Annual administration report of the Civil Veterinary Department of India - 1895-1896
Year: 1895
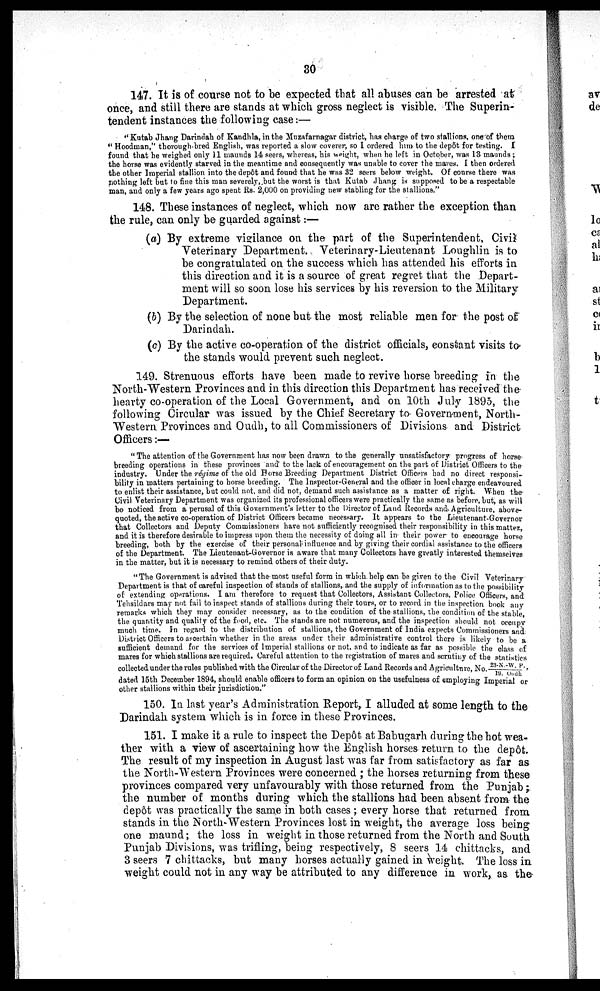
30
147. It is of course not to be expected that all abuses can be arrested at
once, and still there are stands at which gross neglect is visible. The Superin-
tendent instances the following case:—
"Kutab Jhang Darindah of Kandhla, in the Muzafarnagar district, has charge of two stallions, one of them
"Hoodman," thorough-bred English, was reported a slow coverer, so I ordered him to the depôt for testing. I
found that he weighed only 11 maunds 14 seers, whereas, his weight, when he left in October, was 13 maunds;
the horse was evidently starved in the meantime and consequently was unable to cover the mares. I then ordered
the other Imperial stallion into the depôt and found that he was 32 seers below weight. Of course there was
nothing left but to fine this man severely, but the worst is that Kutab Jhang is supposed to be a respectable
man, and only a few years ago spent Rs. 2,000 on providing new stabling for the stallions."
148. These instances of neglect, which now are rather the exception than
the rule, can only be guarded against:—
(a) By extreme vigilance on the part of the Superintendent, Civil
Veterinary Department. Veterinary-Lieutenant Loughlin is to
be congratulated on the success which has attended his efforts in
this direction and it is a source of great regret that the Depart-
ment will so soon lose his services by his reversion to the Military
Department.
(b) By the selection of none but the most reliable men for the post of
Darindah.
(c) By the active co-operation of the district officials, constant visits to
the stands would prevent such neglect.
149. Strenuous efforts have been made to revive horse breeding in the
North-Western Provinces and in this direction this Department has received the
hearty co-operation of the Local Government, and on 10th July 1895, the
following Circular was issued by the Chief Secretary to Government, North-
Western Provinces and Oudh, to all Commissioners of Divisions and District
Officers:—
"The attention of the Government has now been drawn to the generally unsatisfactory progress of horse
breeding operations in these provinces and to the lack of encouragement on the part of District Officers to the
industry. Under the régime of the old Horse Breeding Department District Officers had no direct responsi-
bility in matters pertaining to horse breeding. The Inspector-General and the officer in local charge endeavoured
to enlist their assistance, but could not, and did not, demand such assistance as a matter of right. When the
Civil Veterinary Department was organized its professional officers were practically the same as before, but, as will
be noticed from a perusal of this Government's letter to the Director of Land Records and. Agriculture, above-
quoted, the active co-operation of District Officers became necessary. It appears to the Lieutenant-Governor
that Collectors and Deputy Commissioners have not sufficiently recognised their responsibility in this matter,
and it is therefore desirable to impress upon them the necessity of doing all in their power to encourage horse
breeding, both by the exercise of their personal influence and by giving their cordial assistance to the officers
of the Department. The Lieutenaut-Governor is aware that many Collectors have greatly interested themselves
in the matter, but it is necessary to remind others of their duty.
"The Government is advised that the most useful form in which help can be given to the Civil Veterinary
Department is that of careful inspection of stands of stallions, and the supply of information as to the possibility
of extending operations. I am therefore to request that Collectors, Assistant Collectors, Police Officers, and
Tehsildars may not fail to inspect stands of stallions during their tours, or to record in the inspection book any
remarks which they may consider necessary, as to the condition of the stallions, the condition of the stable,
the quantity and quality of the food, etc. The stands are not numerous, and the inspection should not occupy
much time. In regard to the distribution of stallions, the Government of India expects Commissioners and
District Officers to ascertain whether in the areas under their administrative control there is likely to be a
sufficient demand for the services of Imperial stallions or not, and to indicate as far as possible the class of
mares for which stallions are required. Careful attention to the registration of mares and scrutiny of the statistics
collected under the rules published with the Circular of the Director of Land Records and Agriculture, No.23-N-W. P.,/19. Oudh
dated 15th December 1894, should enable officers to form an opinion on the usefulness of employing Imperial or
other stallions within their jurisdiction."
150. In last year's Administration Report, I alluded at some length to the
Darindah system which is in force in these Provinces.
151. I make it a rule to inspect the Depôt at Babugarh during the hot wea-
ther with a view of ascertaining how the English horses return to the depôt.
The result of my inspection in August last was far from satisfactory as far as
the North-Western Provinces were concerned; the horses returning from these
provinces compared very unfavourably with those returned from the Punjab;
the number of months during which the stallions had been absent from the
depôt was practically the same in both cases; every horse that returned from
stands in the North-Western Provinces lost in weight, the average loss being
one maund; the loss in weight in those returned from the North and South
Punjab Divisions, was trifling, being respectively, 8 seers 14 chittacks, and
3 seers 7 chittacks, but many horses actually gained in weight. The loss in
weight could not in any way be attributed to any difference in work, as the